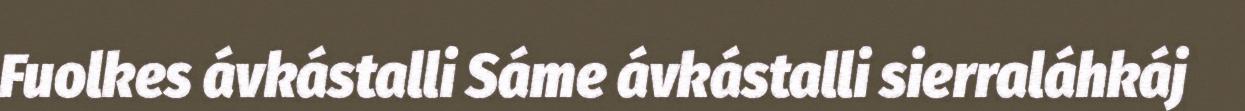
Fuolkes ávkástalli Sáme ávkástalli sierraláhkáj